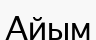
Айым